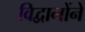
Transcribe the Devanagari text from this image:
विद्वानोंने